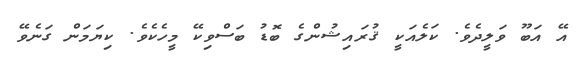
އޭ އަބޫ ވަލީދެވެ. ކަލެއަކީ ޤުރައިޝުންގެ ބޮޑު ބަސްވިކޭ މީހެކެވެ. ކިޔަމަން ގަނެވޭ